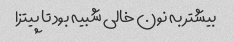
بیشتر به نون خالی شبیه بود تا پیتزا